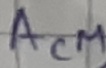
Text: ACM